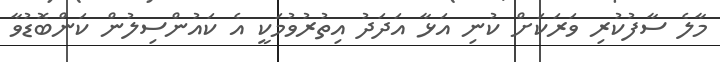
މާލެ ސާފުކުރި ވަރަކަށް ކުނި އަޅާ އަދަދު އިތުރުވުމަކީ އެ ކައުންސިލުން ކަންބޮޑުވާ